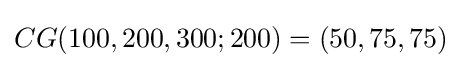
CG(100,200,300;200)=(50,75,75)